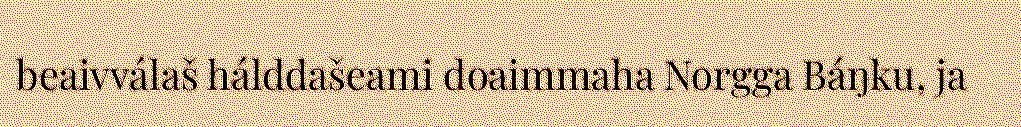
beaivválaš hálddašeami doaimmaha Norgga Báŋku, ja